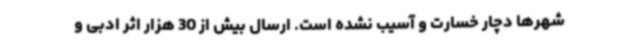
شهرها دچار خسارت و آسیب نشده است. ارسال بیش از 30 هزار اثر ادبی و